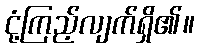
ငုံ့ကြည့်လျက်ရှိ၏။